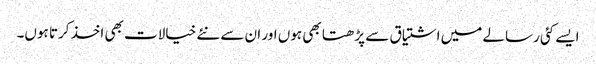
ایسے کئی رسالے میں اشتیاق سے پڑھتا بھی ہوں اور ان سے نئے خیالات بھی اخذ کرتا ہوں۔